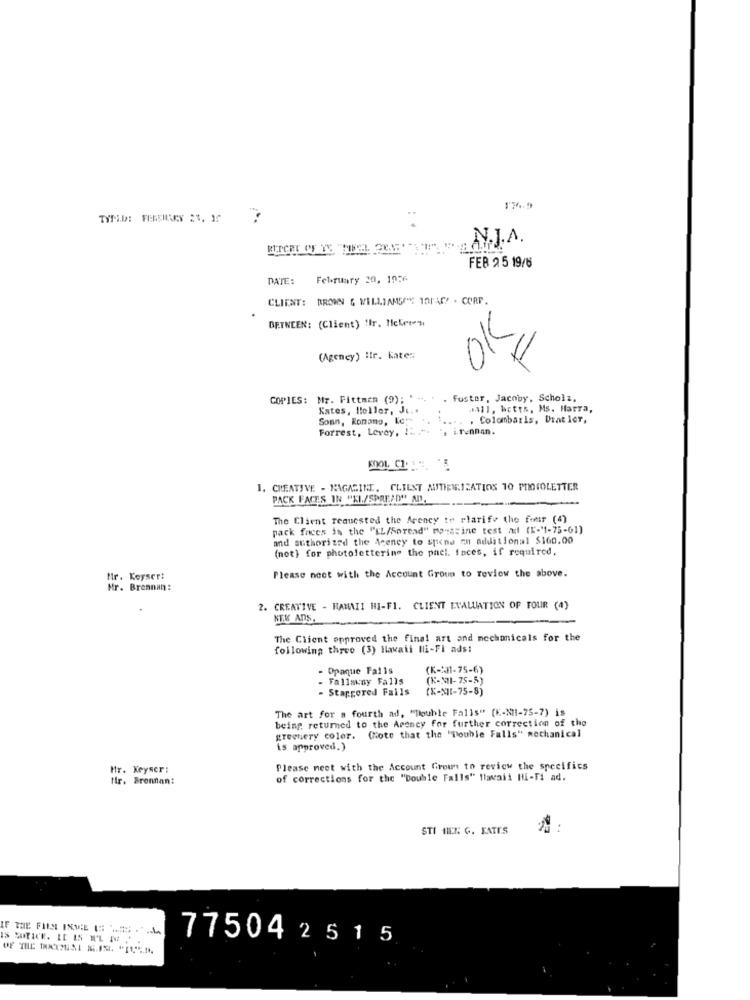
..
.
N.J.A
FEB 2 5 19/6
DATE:
February 20, 1926
CLIENT: BROWN & WILLIAMSERE TOPAF - CORP.
BETWEEN: (Client) Ilr. Hickron
OK
(Agency) ilr. Kates
COPIES: Mr. Fittmen (9); ' -. . . fuster, Jacoby, Scholz,
Kates, Heller, Je ..
4311, betts, Ms. Marra,
Sonn, Romano, Ke. .. ....
. Colombaris, Drat ler,
Forrest, Levey, I. .. .. irunnan.
1. CREATIVE - MAGASINE. CLIENT AUTIENIZATIONS 10 PROTOLETTER
PACK FACES IN "KI./SPREAD" AD.
The Client requested the Arency te rlarife the four (4)
pack faces is the "EL/Spread" momssine test ad (E-"1-75-61)
and authorized the Acency to spina An additional $160.00
(not) for photolettering the pael. faces, if required.
Please noet with the Account Group to review the above.
Mr. Keyser:
Mr. Brennan:
2. CREATIVE - HAMAII HI-FI. CLIENT EVALUATION OF TOUR (4)
KE.W ADS.
The Client opproved the final art and mechanicals for the
following three (3) Hawaii Mi-FI ads:
- Opaque Falls
(K=X-75-6)
- Fallsuny Falls
(K-MI-75-5)
- Staggered Falls
(X-X][-75-8)
The art for a fourth ad, "Double Falls" (K-NI-75-7) is
being returned to the Agency for further correction of the
greenery color. (Note that the "Double Falls" mechanical
is approved.)
Mr. Keyser:
Please meet with the Account Grown to review the specifics
tir. Brennan:
of corrections for the "Double Falls" Hawaii Hi-Fi ad.
STI HEN G. KATES
77504 2515